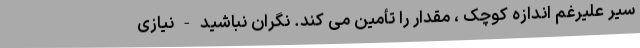
سیر علیرغم اندازه کوچک ، مقدار را تأمین می کند. نگران نباشید - نیازی